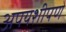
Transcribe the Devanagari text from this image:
अपयशीपणे